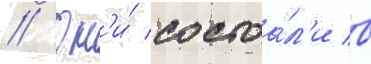
// Он'и́ состоа́л'и в